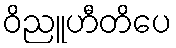
ဝိညူဟီတိပေ